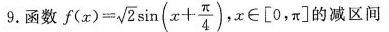
9.函数$$f ( x ) = \sqrt { 2 } \sin (x+ \frac { \pi } { 4 } )$$ x∈[0.π]的减区间